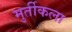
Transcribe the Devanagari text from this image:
मुर्तीकला